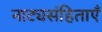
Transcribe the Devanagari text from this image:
नाट्यसंहिताएँ